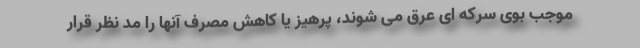
موجب بوی سرکه ای عرق می شوند، پرهیز یا کاهش مصرف آنها را مد نظر قرار